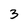
Character: 3